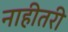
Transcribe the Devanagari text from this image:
नाहीतरी